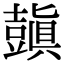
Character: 𧰊